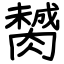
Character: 膥